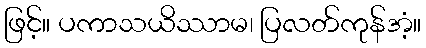
ဖြင့်။ ပကာသယိဿာမ၊ ပြလတ်ကုန်အံ့။